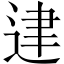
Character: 䢖